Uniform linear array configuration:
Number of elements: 48
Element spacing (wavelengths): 1
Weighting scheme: hamming
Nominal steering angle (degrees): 45
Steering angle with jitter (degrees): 46.174
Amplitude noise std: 0.05
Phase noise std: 0.05

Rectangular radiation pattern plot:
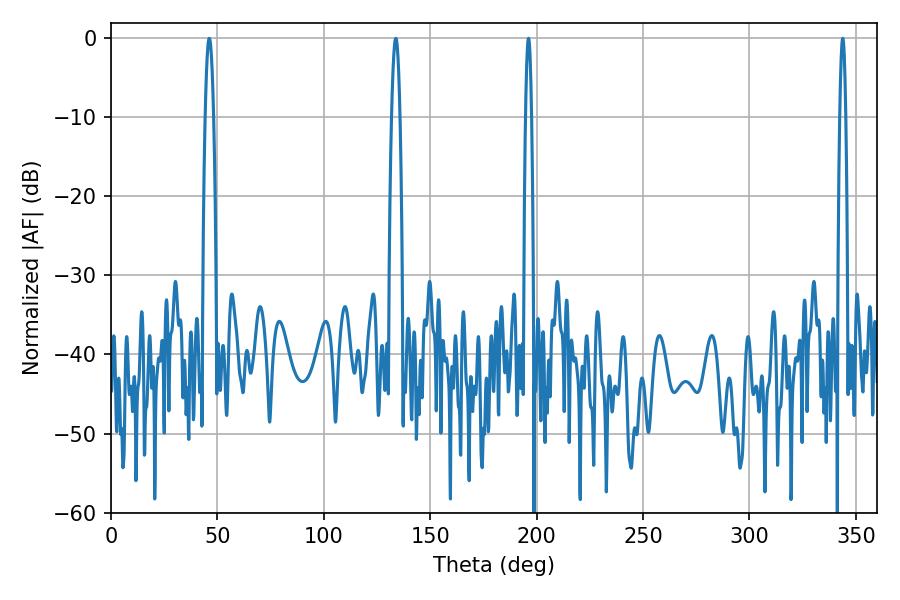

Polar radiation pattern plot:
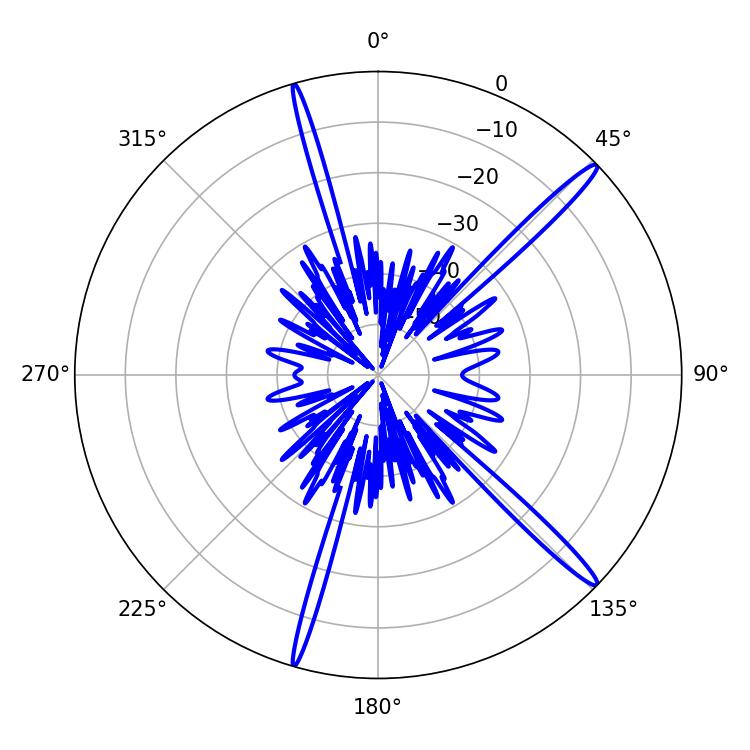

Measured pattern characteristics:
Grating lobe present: TRUE
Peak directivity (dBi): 16.639
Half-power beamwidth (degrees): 1.44
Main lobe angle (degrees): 343.8